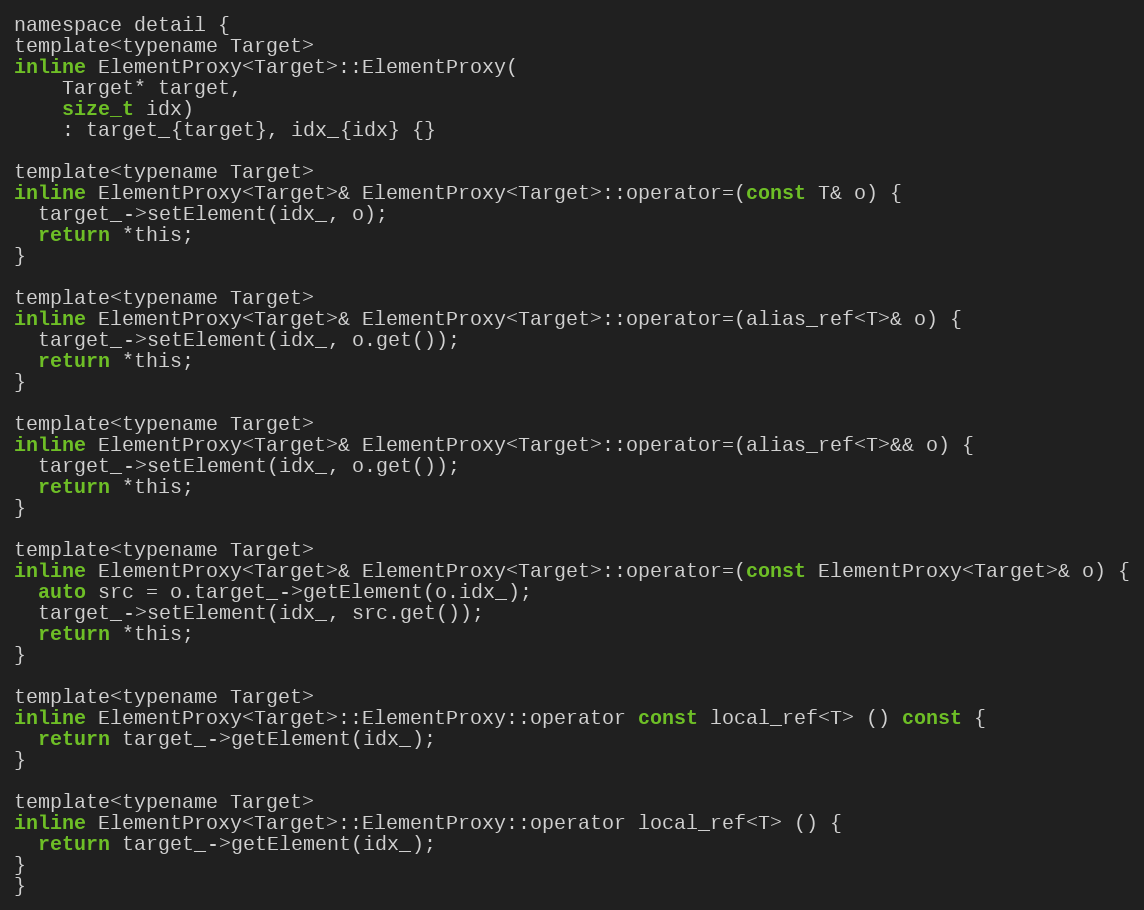
Language: C
namespace detail {
template<typename Target>
inline ElementProxy<Target>::ElementProxy(
    Target* target,
    size_t idx)
    : target_{target}, idx_{idx} {}

template<typename Target>
inline ElementProxy<Target>& ElementProxy<Target>::operator=(const T& o) {
  target_->setElement(idx_, o);
  return *this;
}

template<typename Target>
inline ElementProxy<Target>& ElementProxy<Target>::operator=(alias_ref<T>& o) {
  target_->setElement(idx_, o.get());
  return *this;
}

template<typename Target>
inline ElementProxy<Target>& ElementProxy<Target>::operator=(alias_ref<T>&& o) {
  target_->setElement(idx_, o.get());
  return *this;
}

template<typename Target>
inline ElementProxy<Target>& ElementProxy<Target>::operator=(const ElementProxy<Target>& o) {
  auto src = o.target_->getElement(o.idx_);
  target_->setElement(idx_, src.get());
  return *this;
}

template<typename Target>
inline ElementProxy<Target>::ElementProxy::operator const local_ref<T> () const {
  return target_->getElement(idx_);
}

template<typename Target>
inline ElementProxy<Target>::ElementProxy::operator local_ref<T> () {
  return target_->getElement(idx_);
}
}